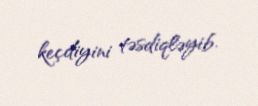
keçdiyini təsdiqləyib.